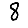
Digit: 8